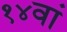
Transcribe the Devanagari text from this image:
१४वां